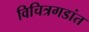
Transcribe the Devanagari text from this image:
विचित्रगडांत